Civil Veterinary Department. United Provinces 1912-22 - 1912-1922
Year: 1912
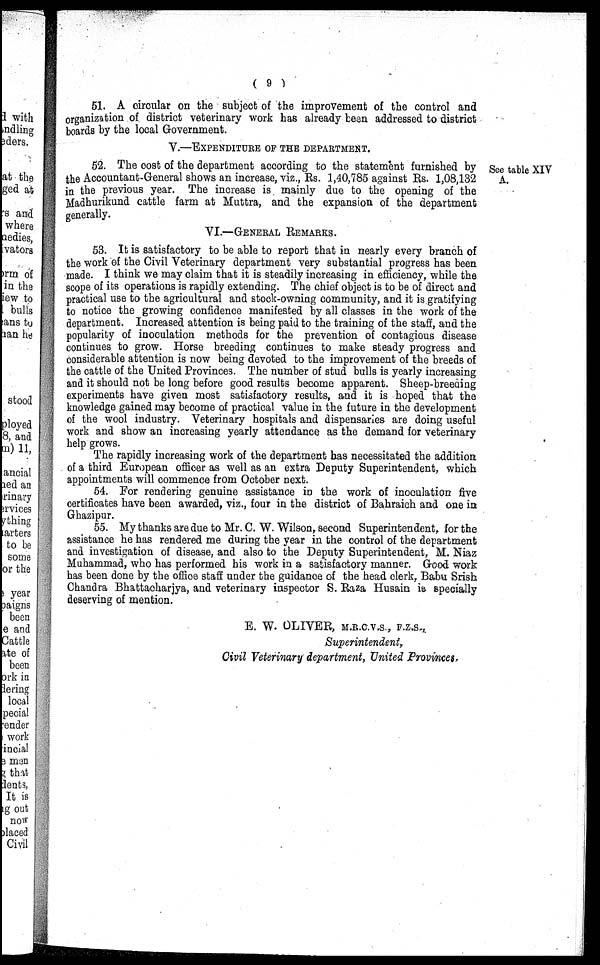
( 9 )
51. A circular on the subject of the improvement of the control and
organization of district veterinary work has already been addressed to district
boards by the local Government.
V.—EXPENDITURE OF THE DEPARTMENT.
See table XIV
A.
52. The cost of the department according to the statement furnished by
the Accountant-General shows an increase, viz., Rs. 1,40,785 against Rs. 1,08,132
in the previous year. The increase is mainly due to the opening of the
Madhurikund cattle farm at Muttra, and the expansion of the department
generally.
VI.—GENERAL REMARKS.
53. It is satisfactory to be able to report that in nearly every branch of
the work of the Civil Veterinary department very substantial progress has been
made. I think we may claim that it is steadily increasing in efficiency, while the
scope of its operations is rapidly extending. The chief object is to be of direct and
practical use to the agricultural and stock-owning community, and it is gratifying
to notice the growing confidence manifested by all classes in the work of the
department. Increased attention is being paid to the training of the staff, and the
popularity of inoculation methods for the prevention of contagious disease
continues to grow. Horse breeding continues to make steady progress and
considerable attention is now being devoted to the improvement of the breeds of
the cattle of the United Provinces. The number of stud bulls is yearly increasing
and it should not be long before good results become apparent. Sheep-breeding
experiments have given most satisfactory results, and it is hoped that the
knowledge gained may become of practical value in the future in the development
of the wool industry. Veterinary hospitals and dispensaries are doing useful
work and show an increasing yearly attendance as the demand for veterinary
help grows.
The rapidly increasing work of the department has necessitated the addition
of a third European officer as well as an extra Deputy Superintendent, which
appointments will commence from October next.
54. For rendering genuine assistance in the work of inoculation five
certificates have been awarded, viz., four in the district of Bahraich and one in
Ghazipur.
55. My thanks are due to Mr. C. W. Wilson, second Superintendent, for the
assistance he has rendered me during the year in the control of the department
and investigation of disease, and also to the Deputy Superintendent, M. Niaz
Muhammad, who has performed his work in a satisfactory manner. Good work
has been done by the office staff under the guidance of the head clerk, Babu Srisb
Chandra Bhattacharjya, and veterinary inspector S. Raza Husain is specially
deserving of mention.
E. W. OLIVER, M.R.C.V.S., F.Z.S.,
Superintendent,
Civil Veterinary department, United Provinces,